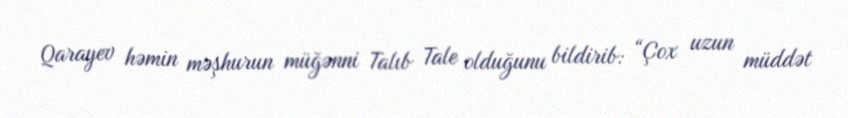
Qarayev həmin məşhurun müğənni Talıb Tale olduğunu bildirib: “Çox uzun müddət